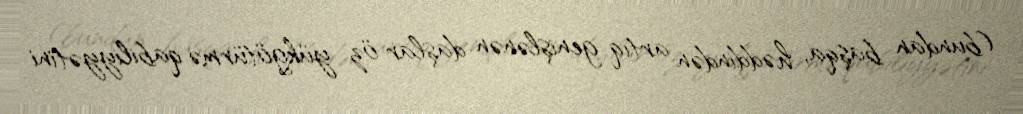
(bundan başqa, həddindən artıq genişlənən daşlar öz yükgötürmə qabiliyyətini